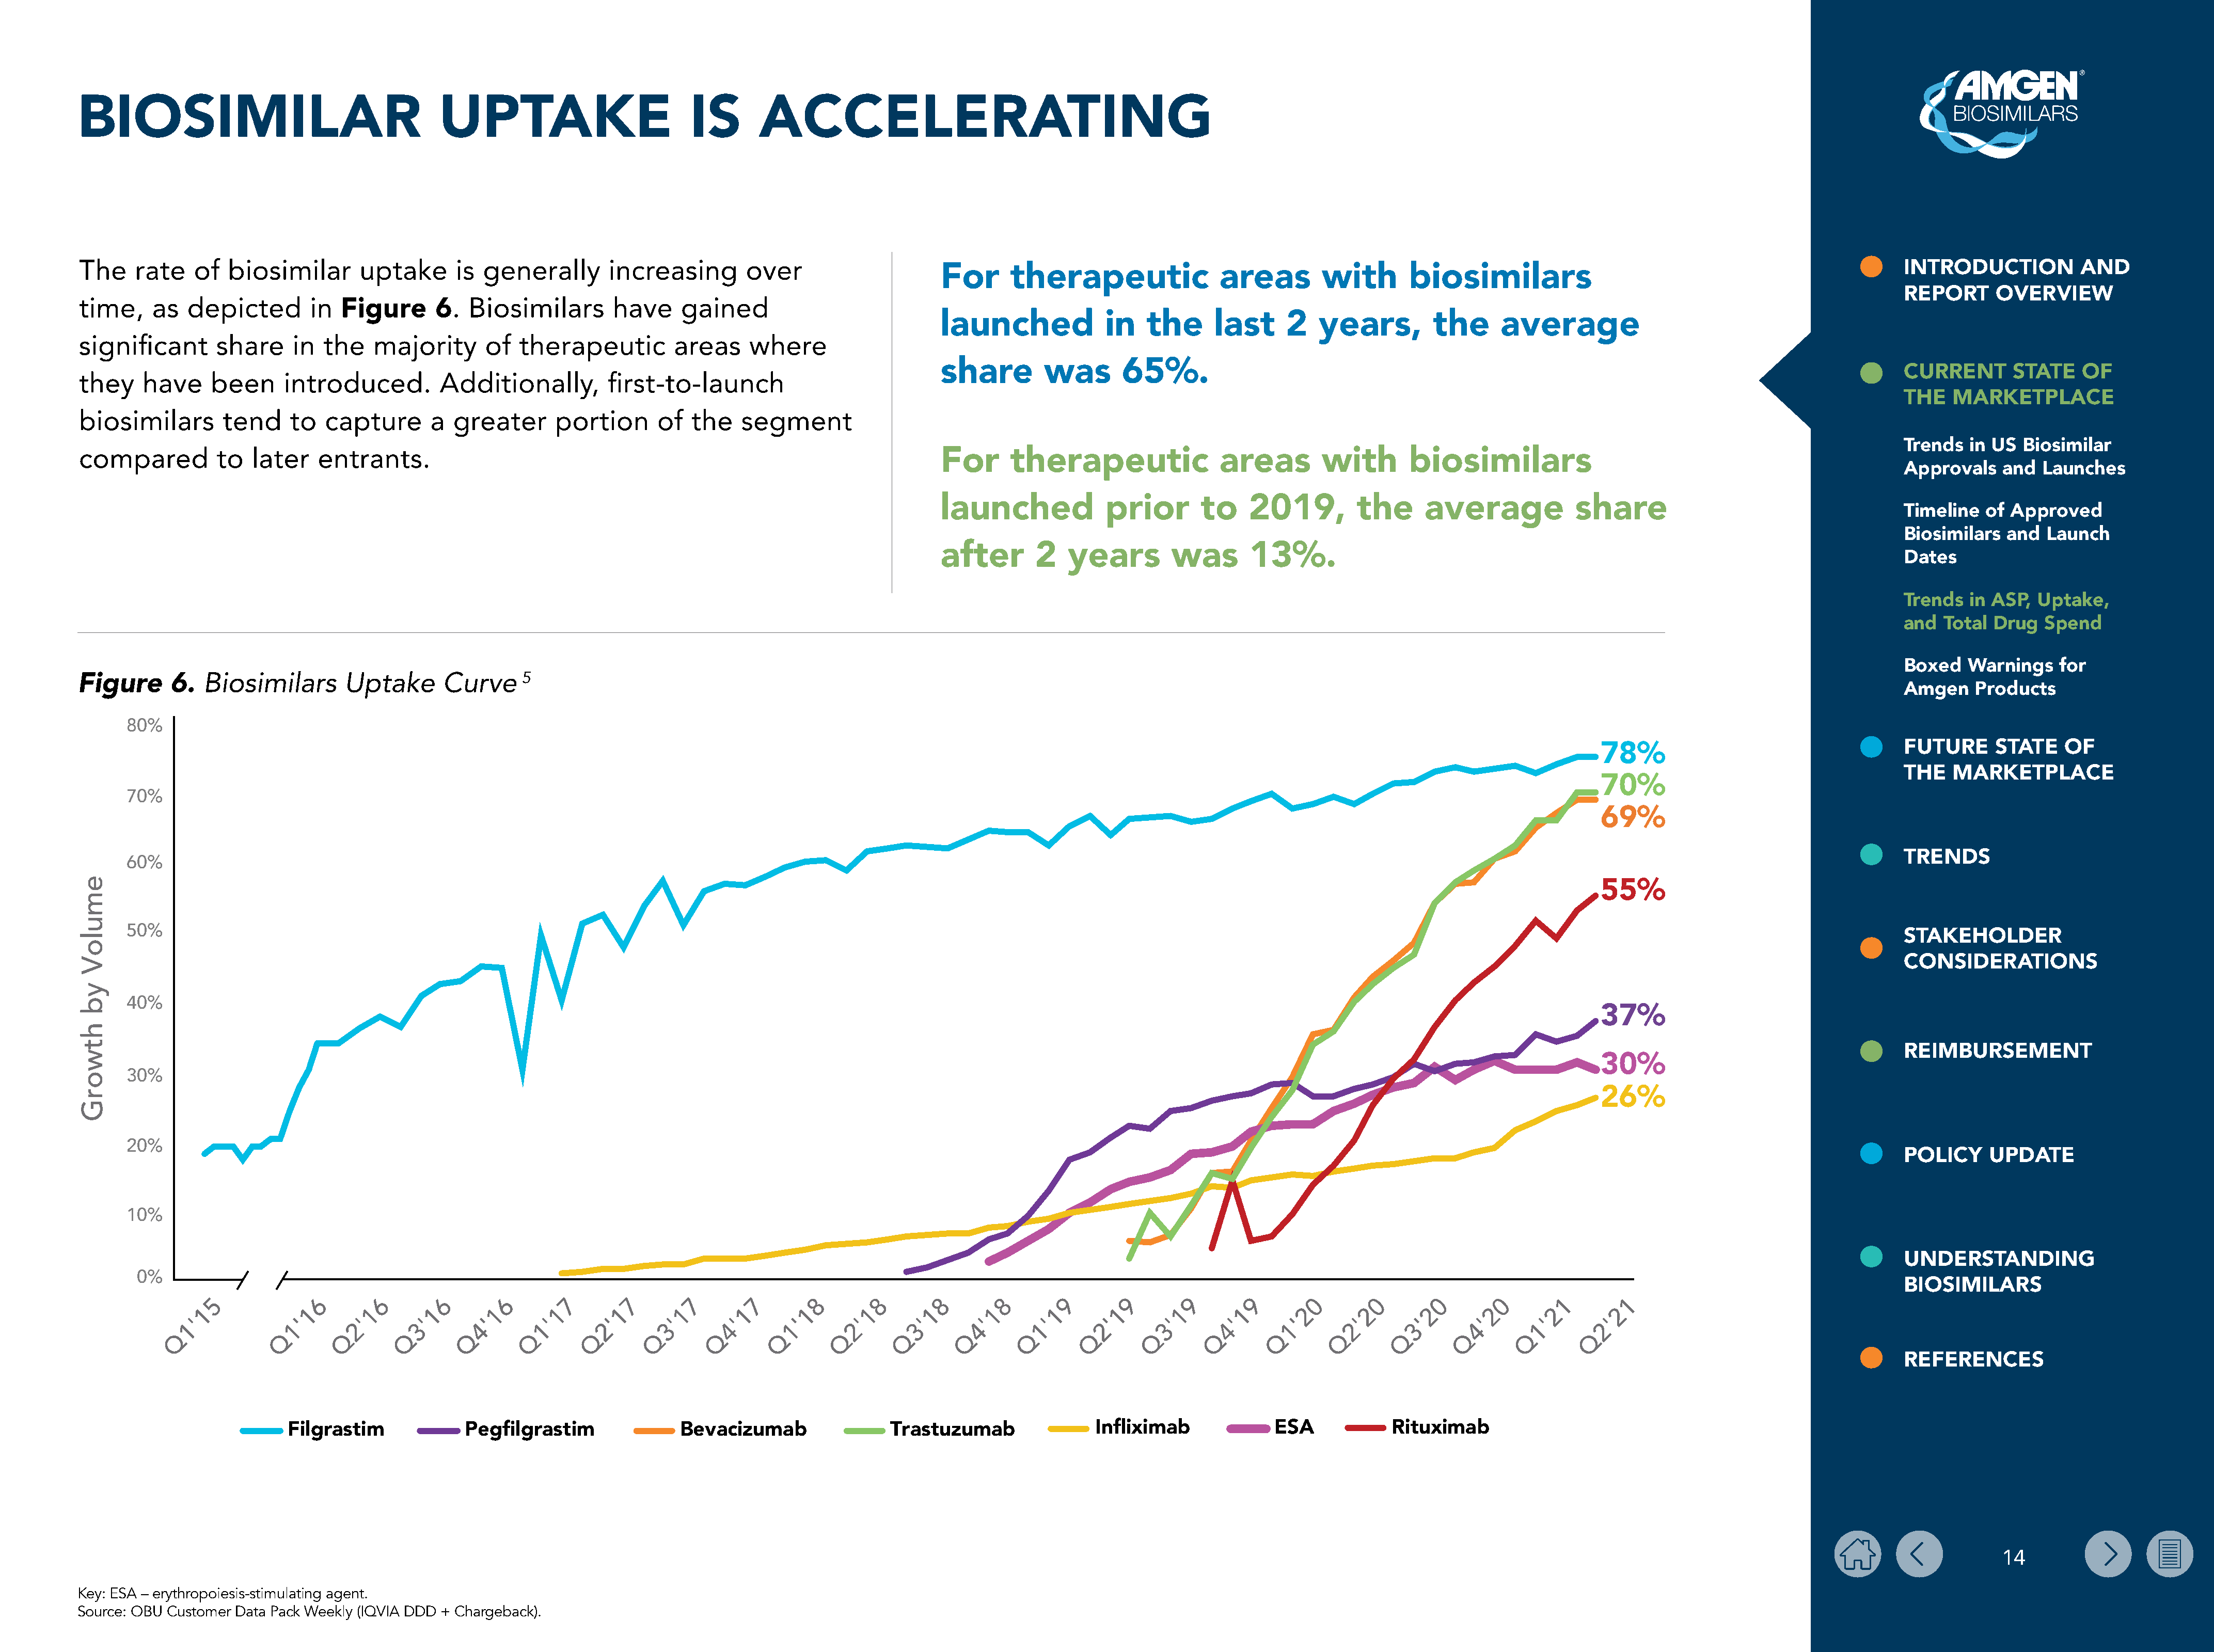
BIOSIMILAR                                    UPTAKE                          IS       ACCELERATING
 The    rate    of  biosimilar       uptake      is  generally       increasing        over                                                                                                                                                INTRODUCTION           AND
 For      therapeutic               areas        with        biosimilars
 REPORT      OVERVIEW
 time,     as  depicted        in  Figure      6.  Biosimilars       have     gained
 launched             in   the      last     2   years,         the     average
 significant       share    in  the    majority      of  therapeutic         areas    where
 share        was       65%.
 CURRENT       STATE    OF
 they    have     been     introduced.         Additionally,         first-to-launch
 THE   MARKETPLACE
 biosimilars        tend    to   capture      a  greater      portion      of   the   segment
 Trends   in US Biosimilar
 compared          to  later    entrants.                                                                       For      therapeutic               areas        with        biosimilars
 Approvals    and  Launches
 launched             prior       to    2019,         the      average            share
 Timeline   of Approved
 Biosimilars  and  Launch
 after       2   years        was       13%.
 Dates
 Trends   in ASP, Uptake,
 and  Total  Drug  Spend
 Boxed   Warnings    for
 Biosimilars       Uptake       Curve     5
 Figure      6.
 Amgen    Products
 80%
 FUTURE      STATE    OF
 78%
 THE   MARKETPLACE
 70%
 70%
 69%
 TRENDS
 60%
 55%
 50%
 STAKEHOLDER
 CONSIDERATIONS
 40%
 37%
 REIMBURSEMENT
 30%
 30%
 26%
 20%
 POLICY     UPDATE
 10%
 UNDERSTANDING
 0%
 BIOSIMILARS
 5             6       6       6       6       7       7       7       7       8       8       8       8       9       9       9       9       0       0       0      0       1        1
 1            1       1       1       1       1       1       1       1       1       1       1       1       1       1       1       1       2       2       2       2       2       2
 '            '       '       '       '       '       '       '       '       '       '       '       '       '       '       '       '       '       '       '       '       '       '
 1             1       2       3      4       1       2       3       4       1       2       3       4       1       2       3       4       1       2       3       4       1       2
 Q            Q       Q       Q       Q       Q       Q       Q       Q       Q       Q       Q       Q       Q       Q       Q       Q       Q       Q       Q       Q       Q       Q
 REFERENCES
 Filgrastim             Pegfilgrastim              Bevacizumab                Trastuzumab               Infliximab             ESA            Rituximab
 14
 Key: ESA – erythropoiesis-stimulating agent.
 Source: OBU Customer Data Pack Weekly (IQVIA DDD + Chargeback).
 emuloV
 yb
 htworG